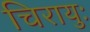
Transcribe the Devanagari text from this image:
चिरायुः